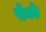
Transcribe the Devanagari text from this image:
रौनकें